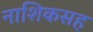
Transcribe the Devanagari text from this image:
नाशिकसह